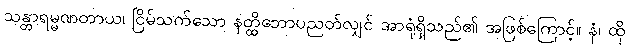
သန္တာရမ္မဏတာယ၊ ငြိမ်သက်သော နတ္ထိဘောပညတ်လျှင် အာရုံရှိသည်၏ အဖြစ်ကြောင့်။ နံ၊ ထို